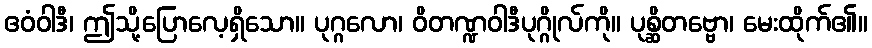
ဧဝံဝါဒီ၊ ဤသို့ပြောလေ့ရှိသော။ ပုဂ္ဂလော၊ ဝိတဏ္ဍဝါဒီပုဂ္ဂိုလ်ကို။ ပုစ္ဆိတဗ္ဗော၊ မေးထိုက်၏။